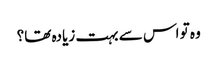
وہ تو اس سے بہت زیادہ تھا؟